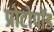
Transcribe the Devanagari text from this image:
प्रोटोपॉड